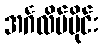
အင်္ဂလိပ်ပိုင်း